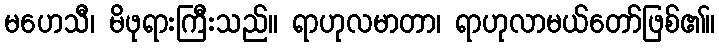
မဟေသီ၊ မိဖုရားကြီးသည်။ ရာဟုလမာတာ၊ ရာဟုလာမယ်တော်ဖြစ်၏။